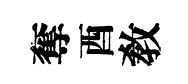
奪酉敎